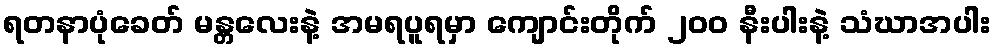
ရတနာပုံခေတ် မန္တလေးနဲ့ အမရပူရမှာ ကျောင်းတိုက် ၂၀၀ နီးပါးနဲ့ သံဃာအပါး